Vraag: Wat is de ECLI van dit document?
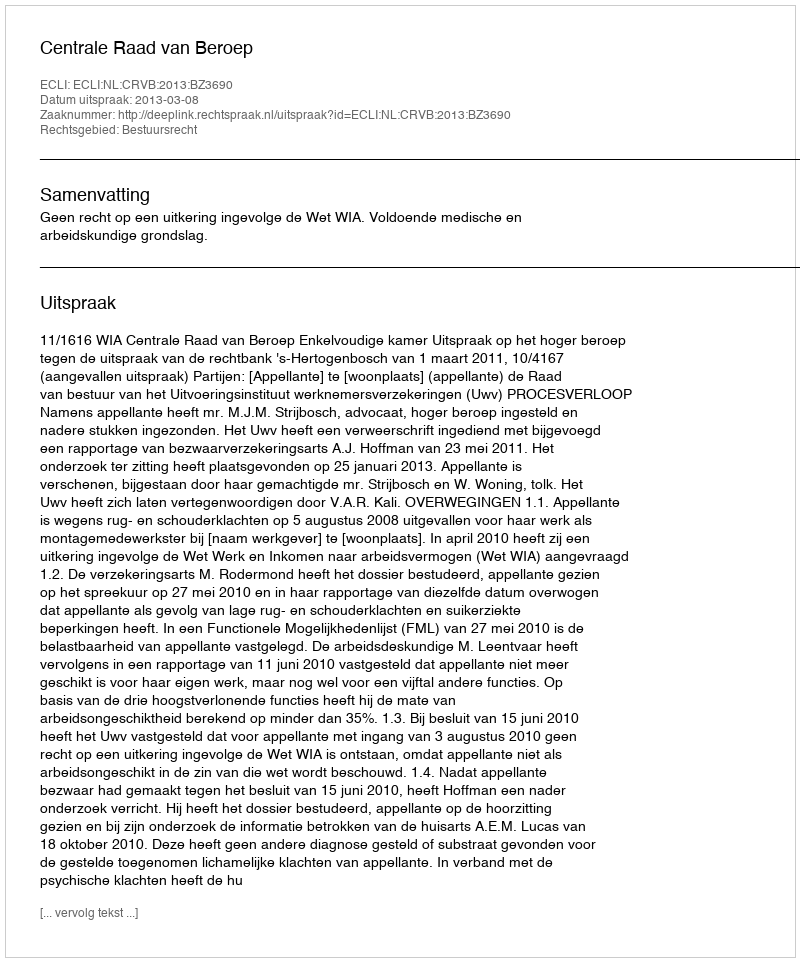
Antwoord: ECLI:NL:CRVB:2013:BZ3690